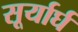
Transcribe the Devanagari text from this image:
सूर्यार्घ